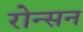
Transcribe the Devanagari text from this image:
रोन्सन